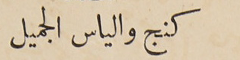
كنج والياس الجميل